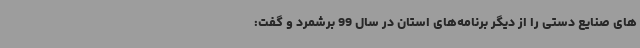
های صنایع دستی را از دیگر برنامه‌های استان در سال 99 برشمرد و گفت: